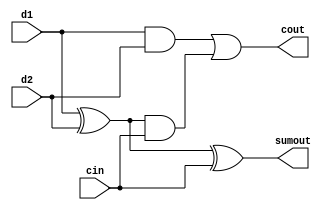
module fulladder(d1,d2,cin,sumout,cout);
	input d1,d2,cin;
	output sumout,cout;
	wire a1,a2,a3;
xor u1(a1,d1,d2);
and u2(a2,d1,d2);
and u3(a3,a1,cin);
or u4(cout,a2,a3);
xor u5(sumout,a1,cin);
endmodule